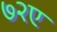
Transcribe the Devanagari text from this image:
७२ए